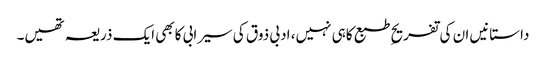
داستانیں ان کی تفریحِ طبع کاہی نہیں، ادبی ذوق کی سیرابی کابھی ایک ذریعہ تھیں۔